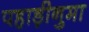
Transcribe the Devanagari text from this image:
पहाड़ीनुमा